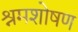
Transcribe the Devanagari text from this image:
श्रमशोषण